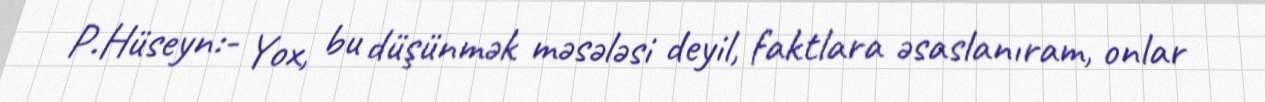
P.Hüseyn:- Yox, bu düşünmək məsələsi deyil, faktlara əsaslanıram, onlar